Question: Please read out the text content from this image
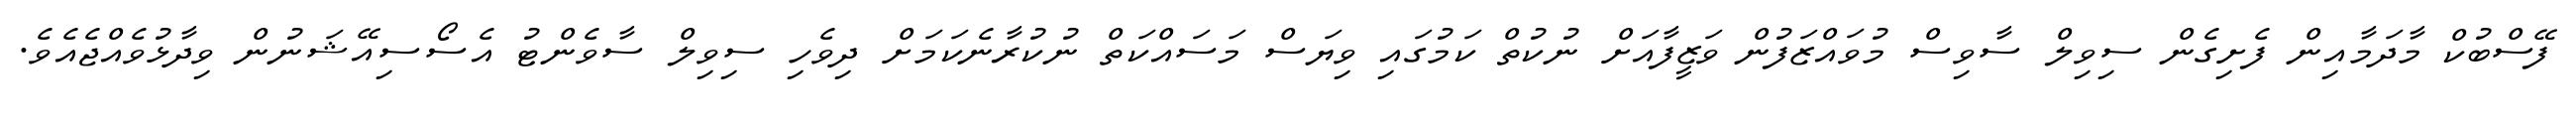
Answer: ފޭސްބުކް މާދަމާއިން ފެށިގެން ސިވިލް ސާވިސް މުވައްޒަފުން ވަޒީފާއަށް ނުކުތް ކަމުގައި ވިޔަސް މަސައްކަތް ނުކުރާނެކަމަށް ދިވެހި ސިވިލް ސާވެންޓު އެސޯސިއޭޝަނުން ވިދާޅުވެއްޖެއެވެ.